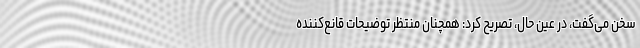
سخن می‌گفت، در عین حال، تصریح کرد: همچنان منتظر توضیحات قانع‌کننده